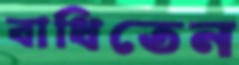
বাধিতেন